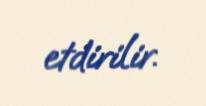
etdirilir.